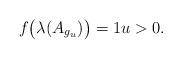
LaTeX: \begin{align*}f\big(\lambda(A_{g_u})\big) = 1 u > 0.\end{align*}